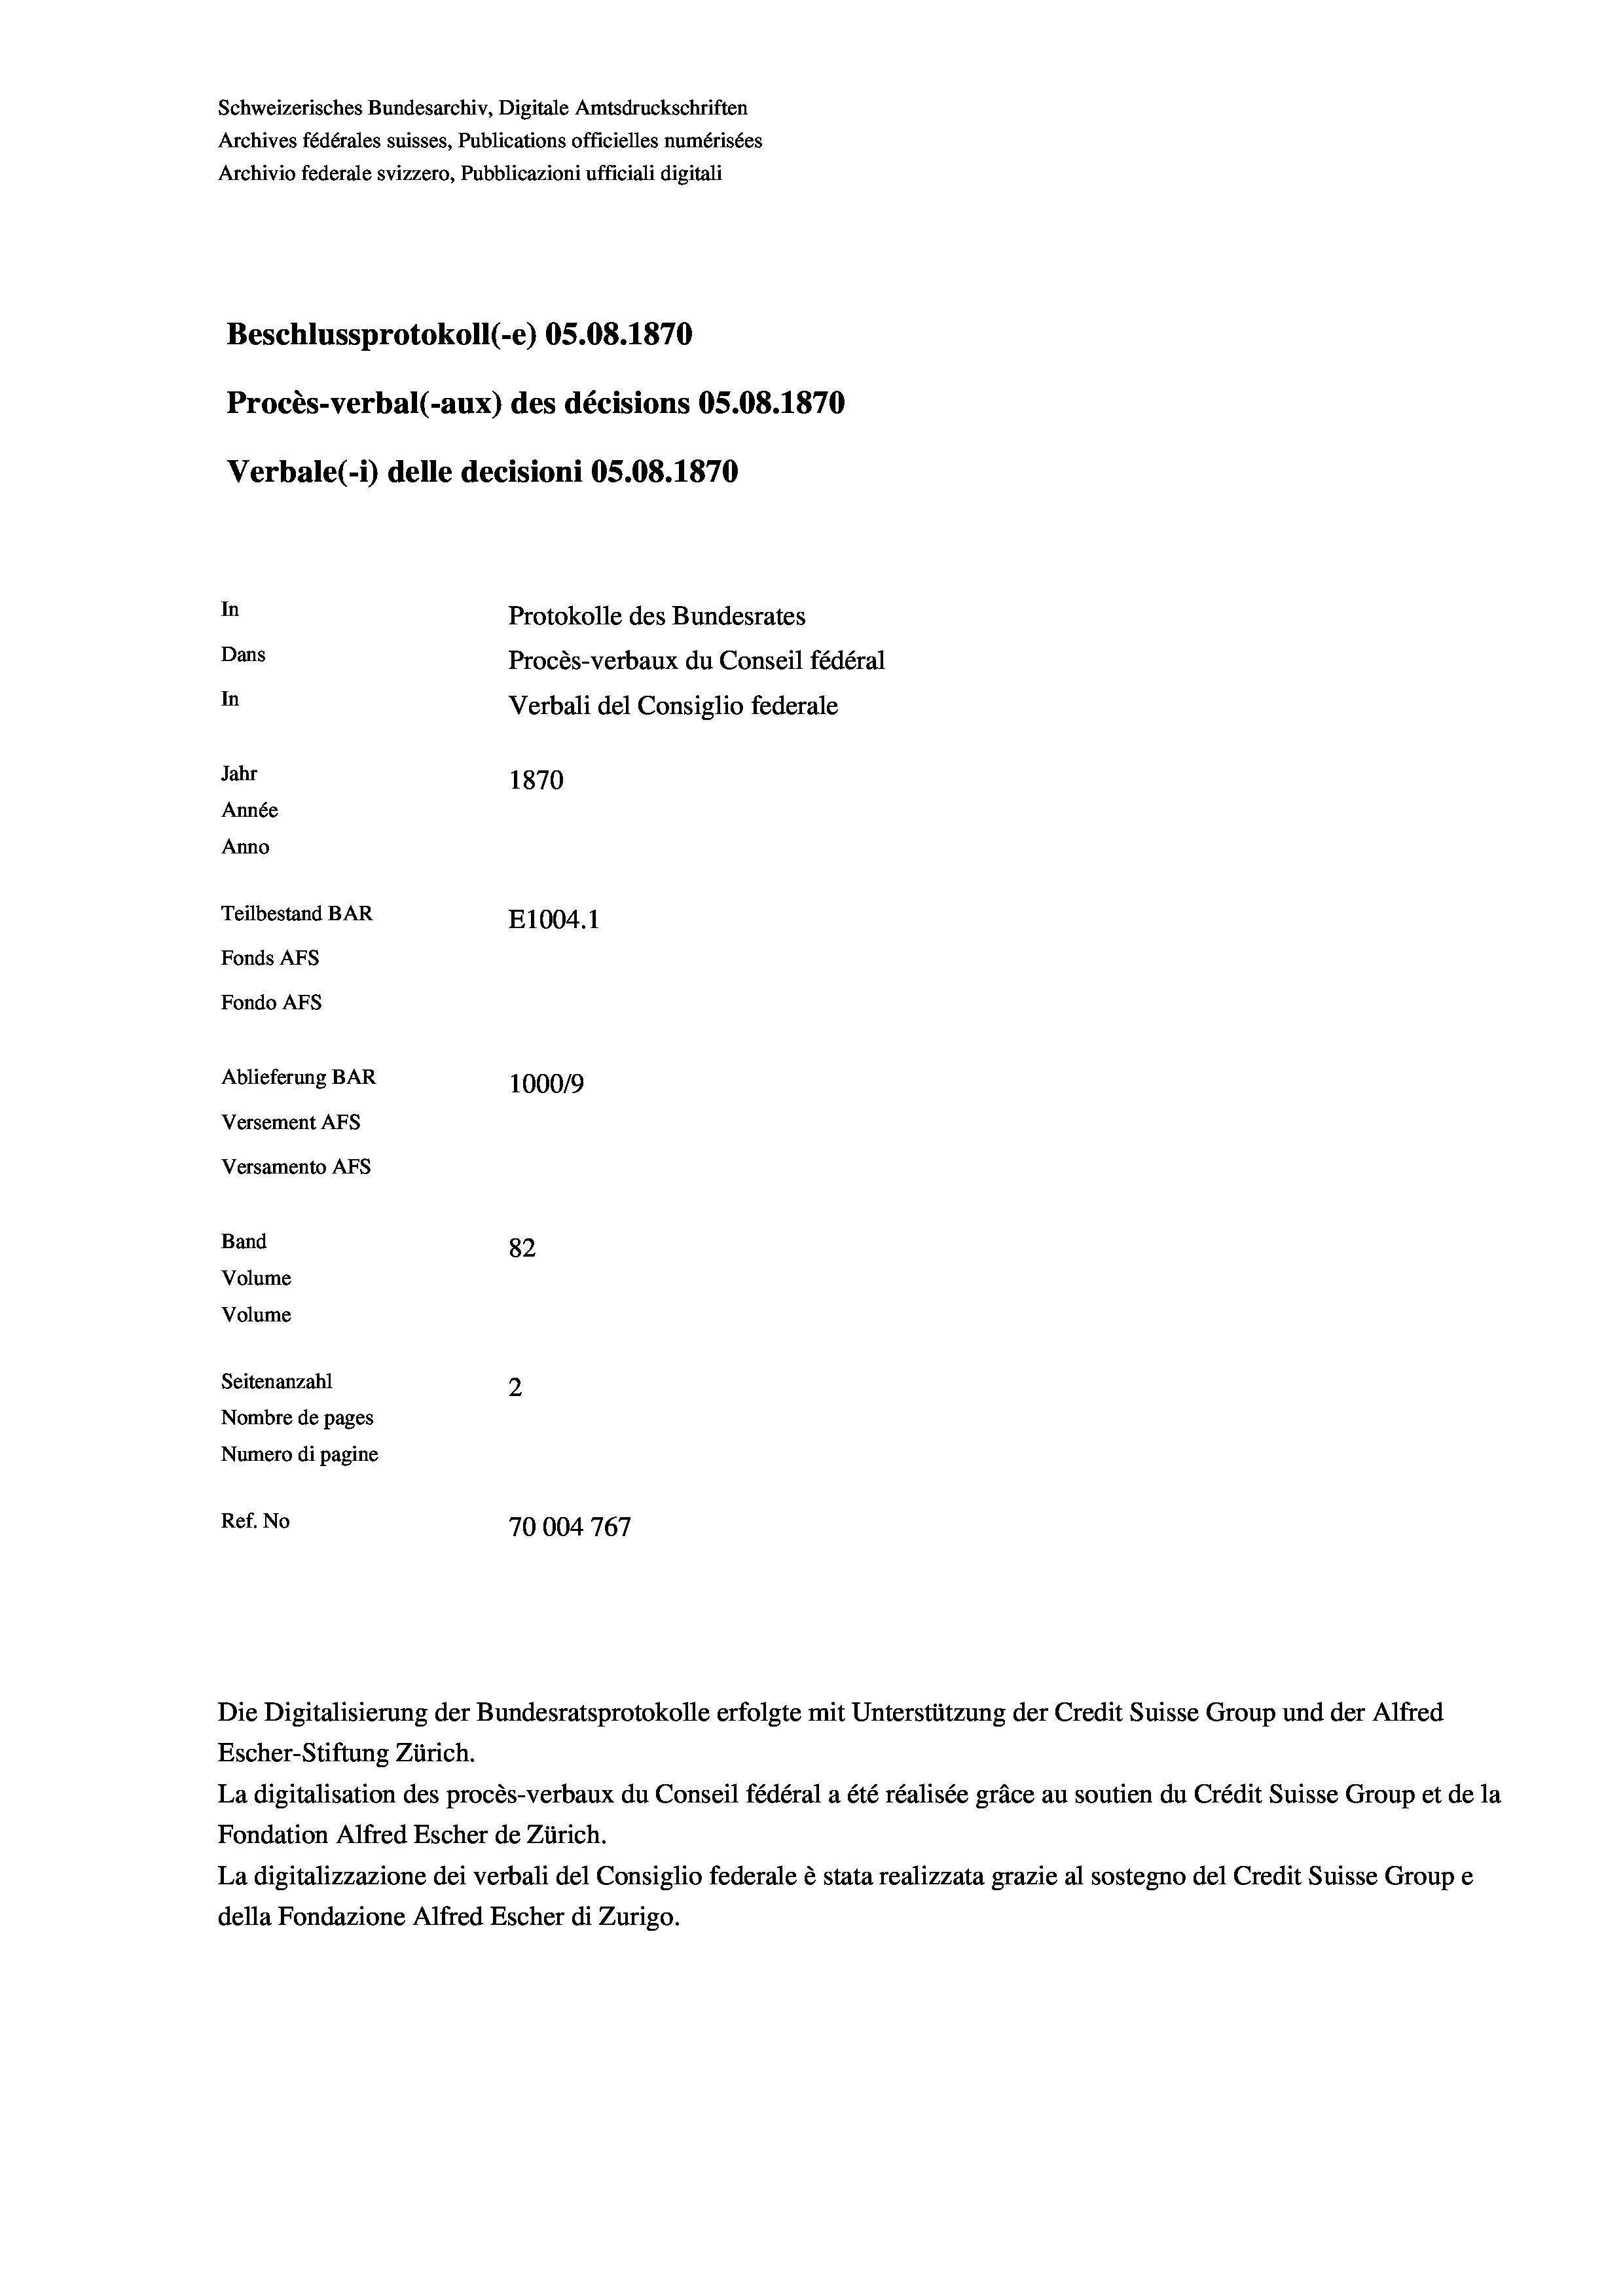
Schweizerisches Bundesarchiv, Digitale Amtsdruckschriften
Archives fédérales suisses, Publications officielles numérisées
Archivio federale svizzero, Pubblicazioni ufficiali digitali
Beschlussprotokoll (-e) OS.08. 1870
Procès-verbal (-aux) des décisions OS.08. 1870
Verbale(-*) delle decisioni OS.08. 1870
In
Protokolle des Bundesrates
Dans
Procès-verbaux du Conseil fédéral
In
Verbali del Consiglio federale
Jahr
1870
Année
Anno
Teilbestand BAR
E1004. 1
Fonds Afs
Fondo AFs
Ablieferung BAR
1000/9
Versement AFS
Versamento Afs
Band
82

Volume
Volume
Seitenanzahl
2
Nombre de pages
Numero di pagine
Ref. No
70004767

Escher-Stiftung Zürich.
La digitalisation des procès-verbaux du Conseil fédéral a été réalisée gräce au soutien du Crédit Suisse Group et de la
Fondation Alfred Escher de Zürich.
La digitalizzazione dei verbali del Consiglio federale è stata realizzata grazie al sostegno del Credit Suisse Groupe
della Fondazione Alfred Escher di Zurigo.

Die Digitalisierung der Bundesratsprotokolle erfolgte mit Unterstützung der Credit Suisse Group und der Alfred